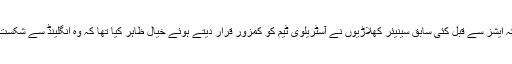
یہ امر اہم ہے کہ ایشز سے قبل کئی سابق سینیئر کھلاڑیوں نے آسٹریلوی ٹیم کو کمزور قرار دیتے ہوئے خیال ظاہر کیا تھا کہ وہ انگلینڈ سے شکست کھا جائے گی۔